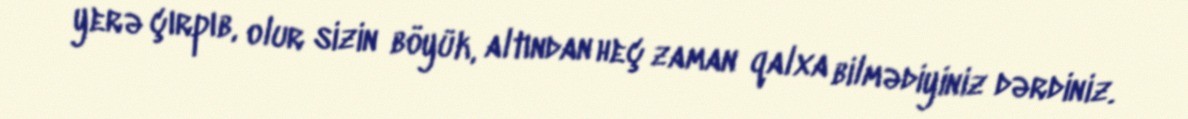
yerə çırpıb, olur sizin böyük, altından heç zaman qalxa bilmədiyiniz dərdiniz.